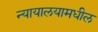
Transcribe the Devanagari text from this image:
न्यायालयामधील